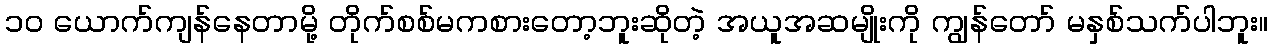
၁၀ ယောက်ကျန်နေတာမို့ တိုက်စစ်မကစားတော့ဘူးဆိုတဲ့ အယူအဆမျိုးကို ကျွန်တော် မနှစ်သက်ပါဘူး။